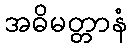
အဓိမတ္တာနံ